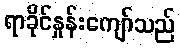
ရာခိုင်နှုန်းကျော်သည်